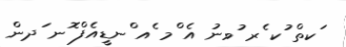
ަކތް ުކ ެރ ުވނު އެ ްމ ެއ ްނޑީއެފް ޮނ ަދން